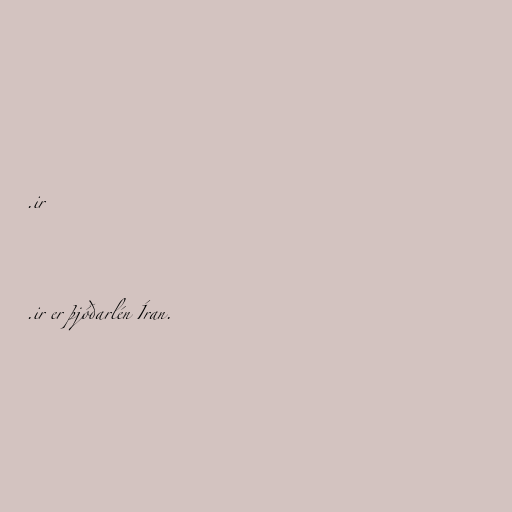
.ir

.ir er þjóðarlén Íran.